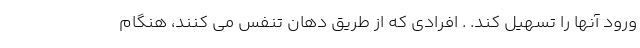
ورود آنها را تسهیل کند. . افرادی که از طریق دهان تنفس می کنند، هنگام